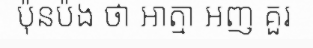
ប៉ុនប៉ង ថា អាត្មា អញ គួរ